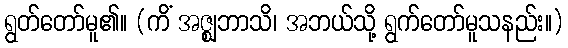
ရွတ်တော်မူ၏။ (ကိံ အဇ္ဈဘာသိ၊ အဘယ်သို့ ရွက်တော်မူသနည်း။)